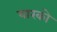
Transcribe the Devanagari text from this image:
यारको